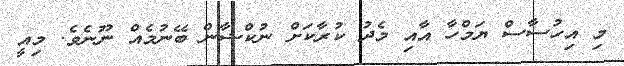
މި އިހުސާސް ޔަމްހާ އާއި މެދު ކުރާކަށް ނުކްޝާން ބޭނުމެއް ނޫނެވެ. މިއީ